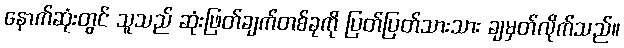
နောက်ဆုံးတွင် သူသည် ဆုံးဖြတ်ချက်တစ်ခုကို ပြတ်ပြတ်သားသား ချမှတ်လိုက်သည်။